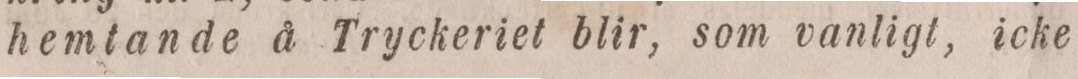
hemtande å Tryckeriet blir, som vanligt, icke